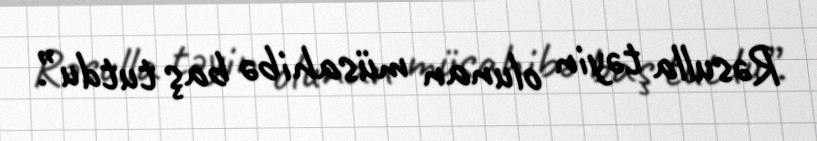
Rəsulla təyin olunan müsahibə baş tutdu”.